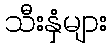
သီးနှံများ